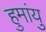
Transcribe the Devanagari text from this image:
हुमांयु